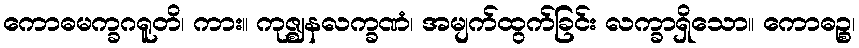
ကောဓမက္ခဂရူတိ၊ ကား။ ကုဇ္ဈနလက္ခဏံ၊ အမျက်ထွက်ခြင်း လက္ခာရှိသော။ ကောဓဉ္စ၊